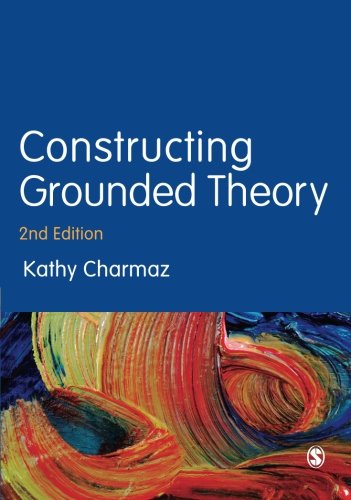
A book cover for Constructing Grounded Theory (Introducing Qualitative Methods series); Kathy Charmaz; Politics & Social Sciences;